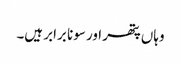
وہاں پتھر اور سونا برابر ہیں۔